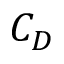
C _ { D }